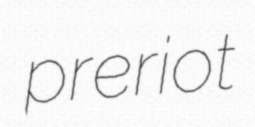
preriot